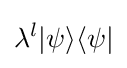
\lambda ^{l}|\psi \rangle \langle \psi |